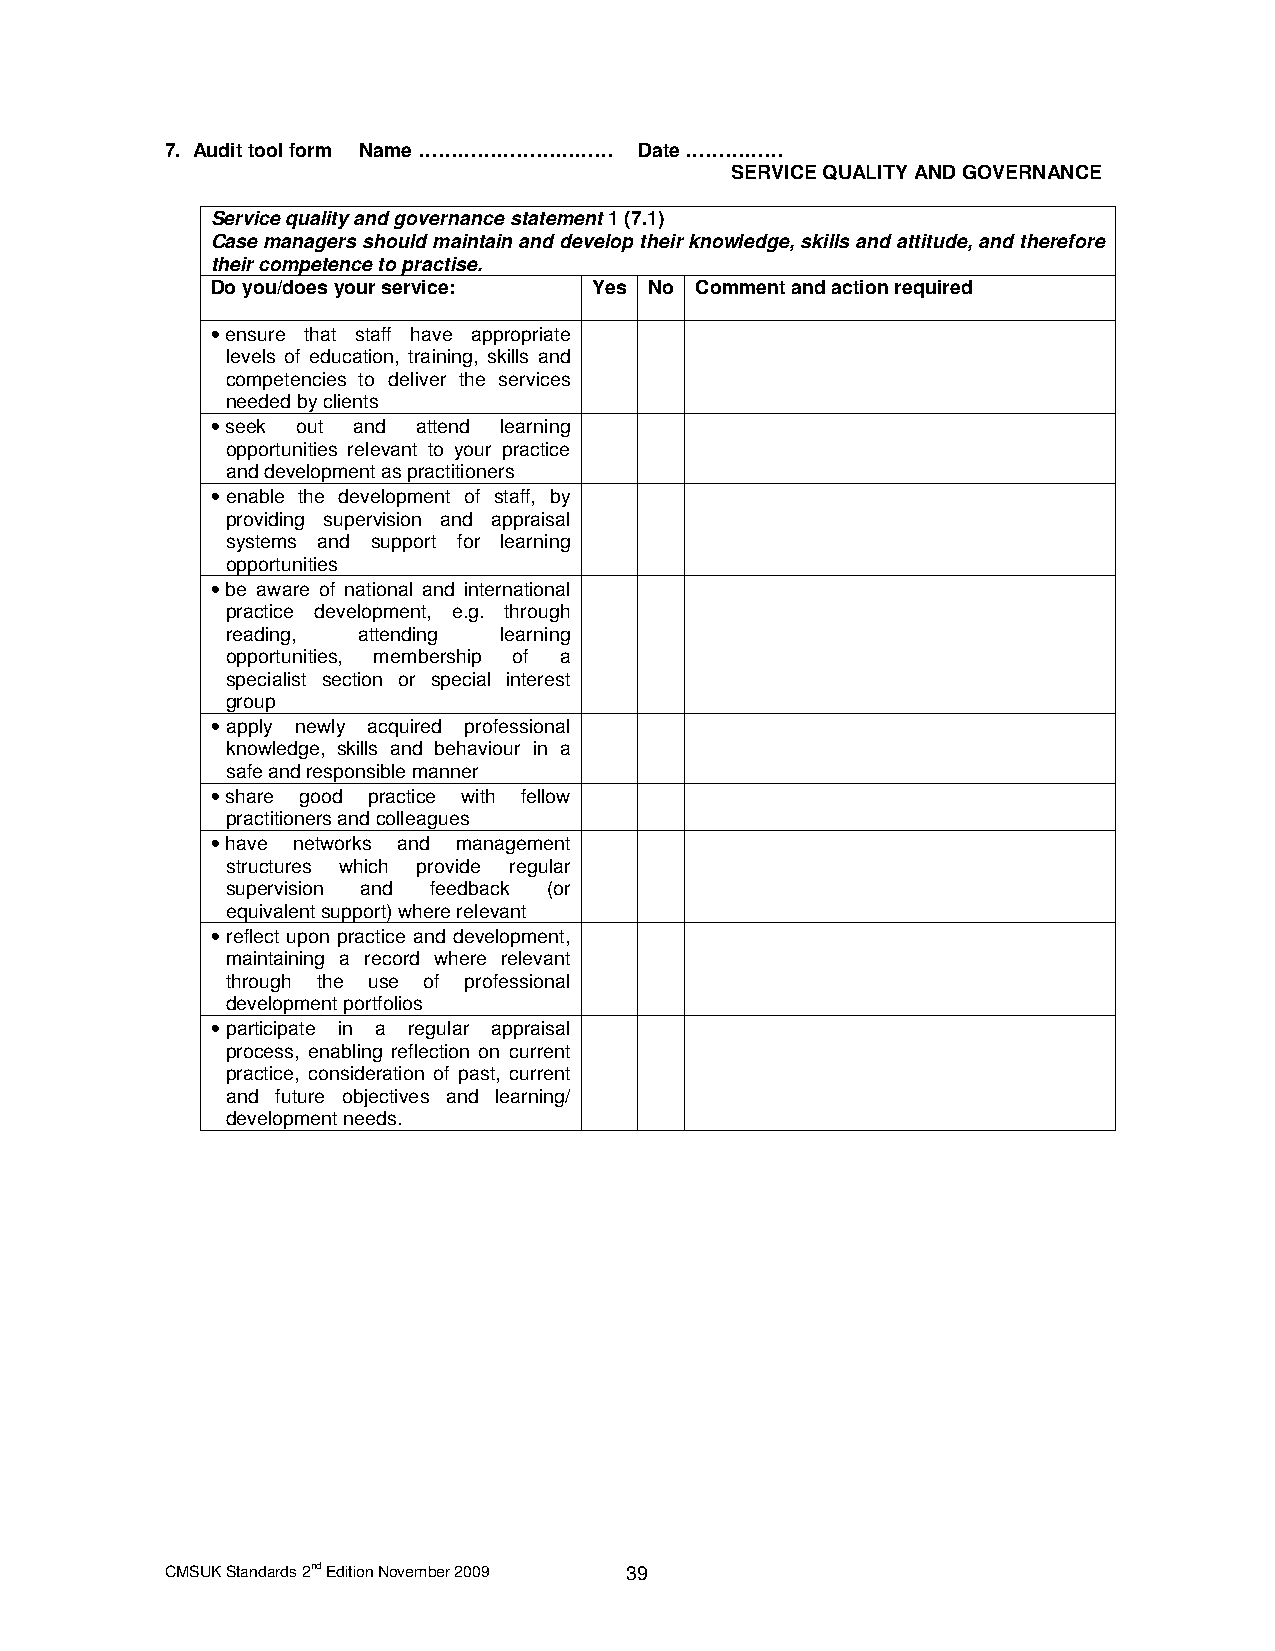
7. Audit tool form Name ………………………… Date ……………
 SERVICE QUALITY AND GOVERNANCE
 Service quality and governance statement 1 (7.1)
 Case managers should maintain and develop their knowledge, skills and attitude, and therefore
 their competence to practise.
 Do you/does your service: Yes No Comment and action required
 • ensure that staff have appropriate
 levels of education, training, skills and
 competencies to deliver the services
 needed by clients
 • seek out and attend learning
 opportunities relevant to your practice
 and development as practitioners
 • enable the development of staff, by
 providing supervision and appraisal
 systems and support for learning
 opportunities
 • be aware of national and international
 practice development, e.g. through
 reading, attending learning
 opportunities, membership of a
 specialist section or special interest
 group
 • apply newly acquired professional
 knowledge, skills and behaviour in a
 safe and responsible manner
 • share good practice with fellow
 practitioners and colleagues
 • have networks and management
 structures which provide regular
 supervision and feedback (or
 equivalent support) where relevant
 • reflect upon practice and development,
 maintaining a record where relevant
 through the use of professional
 development portfolios
 • participate in a regular appraisal
 process, enabling reflection on current
 practice, consideration of past, current
 and future objectives and learning/
 development needs.
 CMSUK Standards 2nd Edition November 2009 39